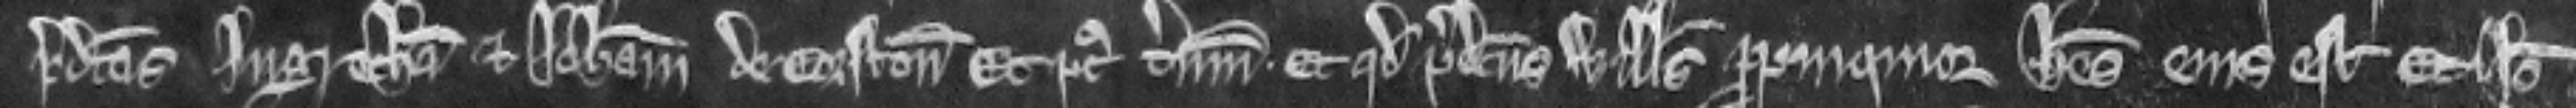
predictas Ingretham et Johannam de Corfton et post terminum et quod predictus Willelmus propinquior heres ejus est Et ideo